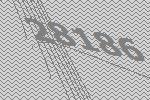
28186